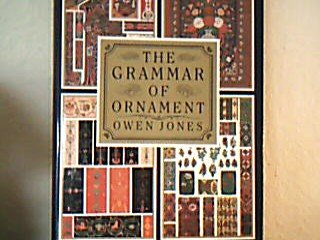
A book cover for Grammar of Ornament: A Monumental Work of Art; Owen Jones; Crafts, Hobbies & Home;